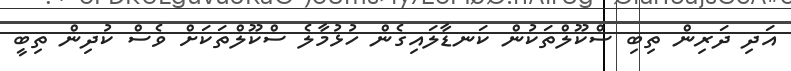
އަދި ދަރިން ތިބި ސްކޫލްތަކުން ކަނޑާލައިގެން ހުޅުމާލެ ސްކޫލްތަކަށް ވެސް ކުދިން ތިބީ